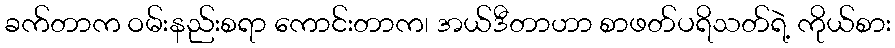
ခက်တာက ဝမ်းနည်းစရာ ကောင်းတာက၊ အယ်ဒီတာဟာ စာဖတ်ပရိသတ်ရဲ့ ကိုယ်စား